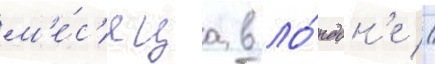
м'е́с'яца в ло́ндон'е //